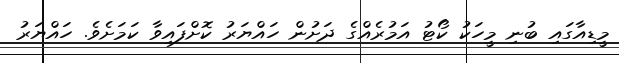
މީޑިއާގައި ބުނި މީހަކު ކޯޓު އަމުރެއްގެ ދަށުން ހައްޔަރު ކޮށްފައިވާ ކަމަށެވެ. ހައްޔަރު